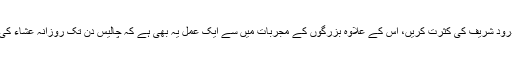
1- باجماعت پنج وقتہ نمازوں کی پابندی جاری رکھیے، اور استغفار و درود شریف کی کثرت کریں، اس کے علاوہ بزرگوں کے مجربات میں سے ایک عمل یہ بھی ہے کہ چالیس دن تک روزانہ عشاء کی نماز کے بعد کسی سے بات کیے بغیر ۷۱ مرتبہ ’’درود تنجینا‘‘ پڑھیں۔